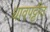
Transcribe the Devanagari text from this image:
धावपट्टीत